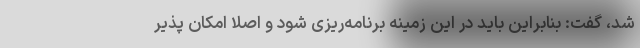
شد، گفت: بنابراین باید در این زمینه برنامه‌ریزی شود و اصلا امکان پذیر